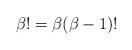
LaTeX: \begin{align*} \beta! = \beta(\beta-1)!\end{align*}